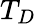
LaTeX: T_{D}